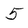
Character: 5